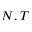
N , T